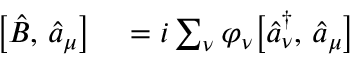
\begin{array} { r l } { \bigl [ \hat { B } , \, \hat { a } _ { \mu } \bigr ] } & { { } = i \sum _ { \nu } \varphi _ { \nu } \bigl [ \hat { a } _ { \nu } ^ { \dagger } , \, \hat { a } _ { \mu } \bigr ] } \end{array}